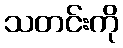
သတင်းကို